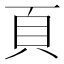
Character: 頁